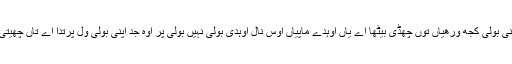
اساں ایہہ وی ویکھیا اے پئی اک جی اپنی بولی کجھ ورھیاں توں چھڈی بیٹھا اے یاں اوہدے ماپیاں اوس نال اوہدی بولی نہیں بولی پر اوہ جد اپنی بولی ول پرتدا اے تاں چھیتی ای فر فر اپنی بولی بولن لگ پوندا اے۔